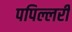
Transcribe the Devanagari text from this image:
पपिल्लरी